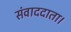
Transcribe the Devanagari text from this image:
संवाददाता।